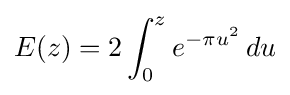
E(z)=2\int _{0}^{z}e^{-\pi u^{2}}\,du